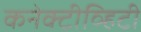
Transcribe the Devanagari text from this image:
कनेक्टीव्हिटी